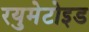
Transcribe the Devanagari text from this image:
रयुमेटोइड